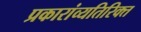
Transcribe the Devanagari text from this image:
प्रकारांव्यतिरिक्त